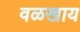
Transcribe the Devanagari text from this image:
वळखाय